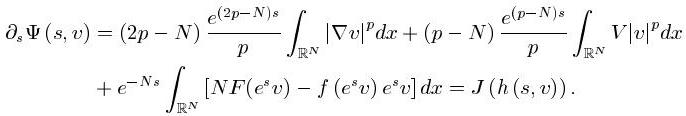
\begin{align*}
\partial_{s}\Psi(s, v) &=(2p - N)\frac{e^{(2p - N)s}}{p}\int_{\mathbb{R}^{N}}|\nabla v|^{p}dx+(p - N)\frac{e^{(p - N)s}}{p}\int_{\mathbb{R}^{N}}V|v|^{p}dx\\
&+e^{-Ns}\int_{\mathbb{R}^{N}}[NF(e^{s}v)-f(e^{s}v)e^{s}v]dx = J(h(s, v)).
\end{align*}